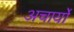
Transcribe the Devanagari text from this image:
अचार्यो